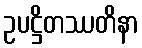
ဥပဋ္ဌိတဿတိနာ